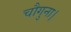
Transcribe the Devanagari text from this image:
चौगुना।